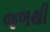
જળથી